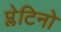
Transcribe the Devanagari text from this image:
प्लेटिनो